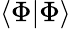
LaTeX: \langle\Phi|\Phi\rangle